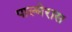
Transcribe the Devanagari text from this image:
पाल्मेरास